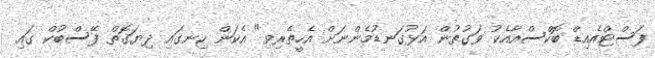
ފަސްޓްއެއިޑް ބޮކްސްއާއެކު ވަގުތުން އަޅުގަނޑުމެންނަށް އެހީތެރިވި" އެކަން ހިނގައި ދިޔަގޮތް ފޭސްބުކް ގައި